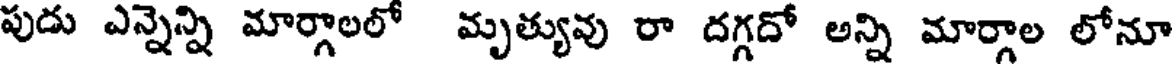
పుడు ఎన్నెన్ని మార్గాలలో మృత్యువు రా దగ్గదో అన్ని మార్గాల లోనూ